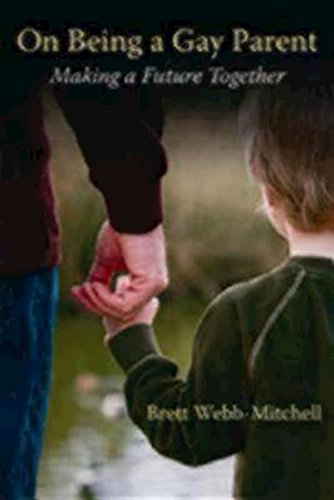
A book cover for On Being a Gay Parent: Making a Future Together; Brett Webb-Mitchell; Gay & Lesbian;